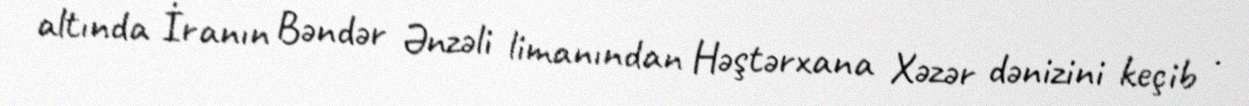
altında İranın Bəndər Ənzəli limanından Həştərxana Xəzər dənizini keçib .